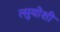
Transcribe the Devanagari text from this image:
त्सुयोशी